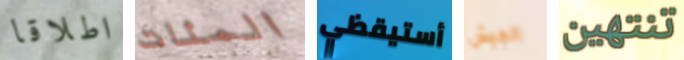
اطلاقا المئات أستيقظي الجيش تنتهين